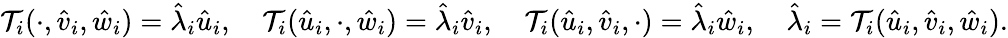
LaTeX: {\mathcal{T}}_{i}(\cdot,\hat{v}_{i},\hat{w}_{i})=\hat{\lambda}_{i}\hat{u}_{i},\quad{\mathcal{T}}_{i}(\hat{u}_{i},\cdot,\hat{w}_{i})=\hat{\lambda}_{i}\hat{v}_{i},\quad{\mathcal{T}}_{i}(\hat{u}_{i},\hat{v}_{i},\cdot)=\hat{\lambda}_{i}\hat{w}_{i},\quad\hat{\lambda}_{i}={\mathcal{T}}_{i}(\hat{u}_{i},\hat{v}_{i},\hat{w}_{i}).